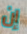
إن